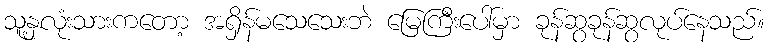
သူ့နှလုံးသားကတော့ အရှိန်မသေသေးဘဲ မြေကြီးပေါ်မှာ ခုန်ဆွခုန်ဆွလုပ်နေသည်။